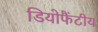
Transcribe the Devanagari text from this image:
डियोफैंटीय